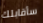
سأقابلك